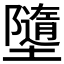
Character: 𡓗